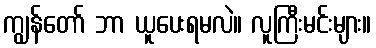
ကျွန်တော် ဘာ ယူပေးရမလဲ။ လူကြီးမင်းများ။